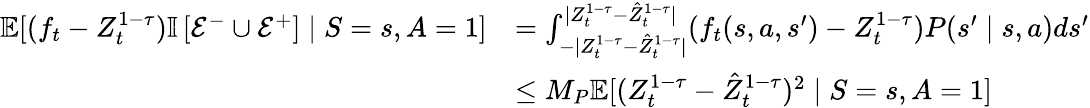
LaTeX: \begin{array}{rl}{\mathbb E[(f_{t}-Z_{t}^{1-\tau})\mathbb{I}\left[\mathcal{E}^{-}\cup\mathcal{E}^{+}\right]\mid S=s,A=1]}&{=\int_{-|Z_{t}^{1-\tau}-\hat{Z}_{t}^{1-\tau}|}^{|Z_{t}^{1-\tau}-\hat{Z}_{t}^{1-\tau}|}(f_{t}(s,a,s^{\prime})-Z_{t}^{1-\tau})P(s^{\prime}\mid s,a)ds^{\prime}}\\ &{\leq M_{P}\mathbb E[(Z_{t}^{1-\tau}-\hat{Z}_{t}^{1-\tau})^{2}\mid S=s,A=1]}\end{array}